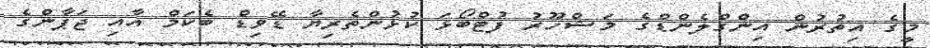
މީގެ އިތުރުން އިންގްލެންޑްގެ މަޝްހޫރު ފުޓްބޯޅަ ކުޅުންތެރިޔާ ޑޭވިޑް ބެކަމް އާއި ޖަޕާންގެ